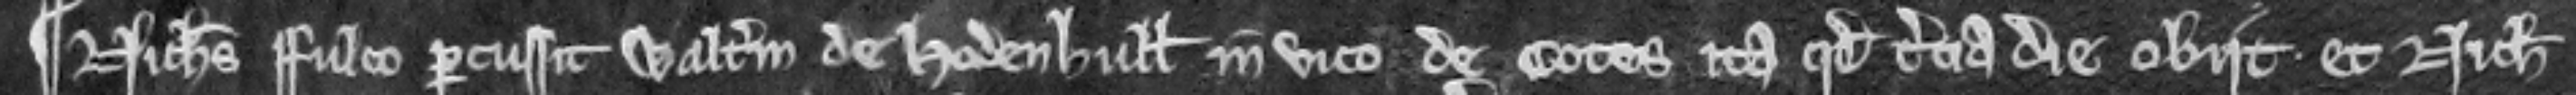
¶ Nicholaus Fulco percussit Walterum de Hodenhull in vico de Cotes ita quod tercia die obiit. Et Nicholaus